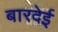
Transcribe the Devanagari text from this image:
बारदेई